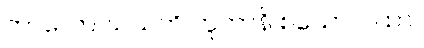
ကာလော ဃသတိ ဘူတာနိ စသော ဂါထာ။